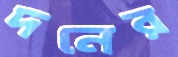
দনের